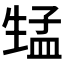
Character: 𱰚